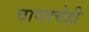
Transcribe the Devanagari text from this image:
वाणाचेही